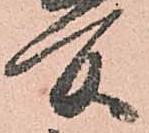
所